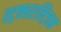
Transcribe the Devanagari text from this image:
स्ट्रक्चरलिज़म